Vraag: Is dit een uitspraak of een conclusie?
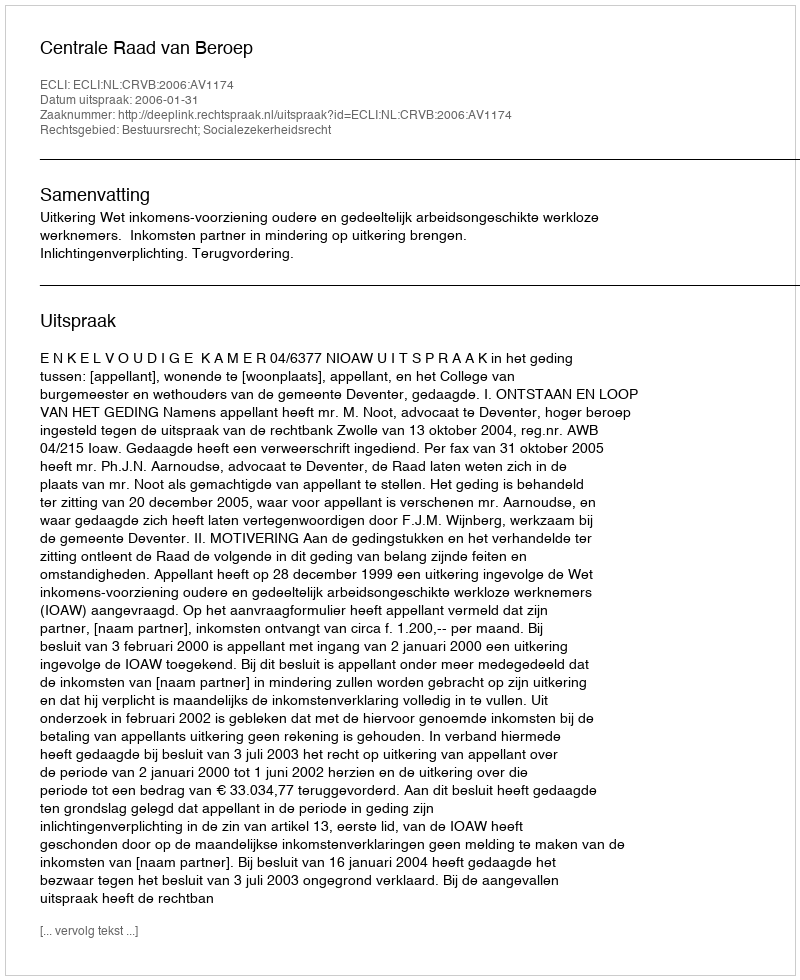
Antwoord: Uitspraak